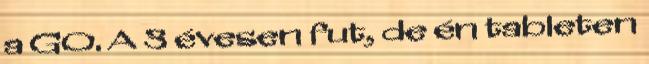
a GO. A 3 évesen fut, de én tableten